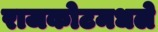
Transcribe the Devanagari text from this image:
राजकोटमधले